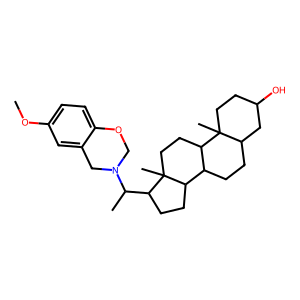
SMILES: COc1ccc2c(c1)CN(C(C)C1CCC3C4CCC5CC(O)CCC5(C)C4CCC31C)CO2
Inhibits HIV replication: No